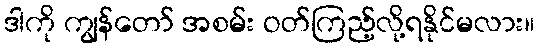
ဒါကို ကျွန်တော် အစမ်း ဝတ်ကြည့်လို့ရနိုင်မလား။